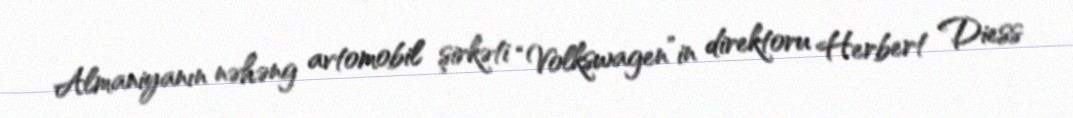
Almaniyanın nəhəng avtomobil şirkəti “Volkswagen”in direktoru Herbert Diess